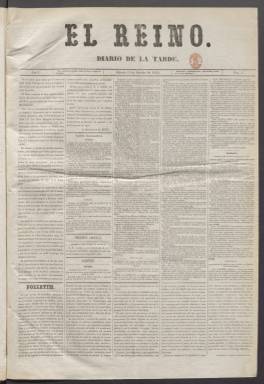
Título: El Reino (Madrid. 1859)
Colección: Periódicos
Ámbito geográfico: Madrid
Lugar de publicación: Madrid
Fechas: 15/10/1859-10/11/1866

Este diario de la tarde comenzó a publicarse el 15 de octubre de 1859, una semana antes de que España declarara la guerra al sultán de Marruecos, en lo que se conoce en la historiografía como la Guerra de África. El periódico nació para apoyar en el conflicto bélico al general Leopoldo O’Donnell, entonces presidente del Gobierno.

  Aunque en su primer número El Reino afirmaba que no era el órgano de ningún partido político, lo cierto es que fue fundado para apoyar a O’Donnell y su partido, la Unión Liberal. De  hecho, cesó en noviembre de 1866, una vez que O’Donnell, que presidió el Gobierno durante varios periodos, dejó de protagonizar la vida política española.

  El primer director del periódico fue Lorenzo Nicolás Quintana, amigo de O’Donnell, que no tenía experiencia en la prensa. En sus pocos años de vida El Reino llegó a tener media docena de directores. Manuel Cañete, que simultaneó la dirección del periódico con la de la Gaceta de Madrid, fue el director que le dio más vitalidad, sobre todo económicamente.

  Gracias a las ayudas que recibía del Gobierno el periódico llegó a cubrir dos páginas de publicidad pagada, lo que era un caso extraordinario, por lo que tuvo que ampliar a seis las cuatro páginas iniciales. Según la Historia del periodismo español de Pedro Gómez Aparicio, entre los redactores de El Reino llegó a estar Francisco Giner de los Ríos, futuro fundador de la Institución Libre de Enseñanza, que por entonces era partidario de la Unión Liberal.

  El Reino contaba con una sección oficial con la información del Gobierno y las crónicas de las sesiones de Las Cortes, una sección extranjera y otra de provincias nutridas ambas por los despachos telegráficos, gacetillas con noticias varias, sección religiosa y comercial e información de espectáculos, sin que faltara el clásico folletín. Como es lógico la información sobre la guerra de África tuvo un papel destacado mientras duró la contienda.

  Es curioso ver cómo se abre el primer número del periódico con la información del indulto de la reina a varios reos que habían sido condenado a muerte. Eran cinco hombres que habían intentado robar a un hombre adinerado que fue quien pidió su perdón, dado que no se consumó el robo y en el enfrentamiento con la Guardia Civil no hubo derramamiento de sangre. El Reino alababa el corazón bondadoso de Isabel II y consideraba su gesto un buen augurio para el futuro del periódico.

[Descripción publicada el 20/09/2024]